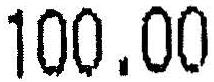
100.00